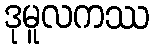
ဒုမူလကဿ